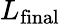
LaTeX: L_{\mathrm{final}}